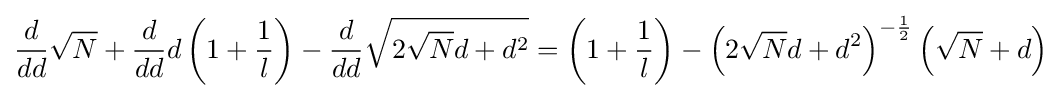
{\frac {d}{dd}}{\sqrt {N}}+{\frac {d}{dd}}d\left(1+{\frac {1}{l}}\right)-{\frac {d}{dd}}{\sqrt {2{\sqrt {N}}d+d^{2}}}=\left(1+{\frac {1}{l}}\right)-\left(2{\sqrt {N}}d+d^{2}\right)^{-{\frac {1}{2}}}\left({\sqrt {N}}+d\right)